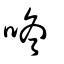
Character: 咚